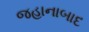
જહાનાબાદ